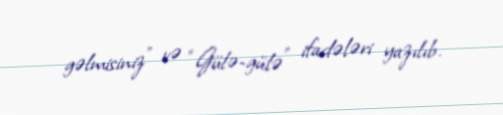
gəlmisiniz” və “Gülə-gülə” ifadələri yazılıb.